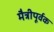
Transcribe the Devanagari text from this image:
मैत्रीपूर्वक